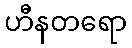
ဟီနတရော